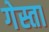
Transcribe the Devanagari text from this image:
गेस्ता